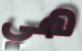
هي